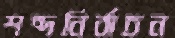
শব্দনির্বাচন